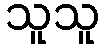
သူသူ